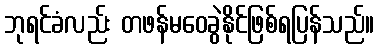
ဘုရင်ခံလည်း တဖန်မဝေခွဲနိုင်ဖြစ်ရပြန်သည်။